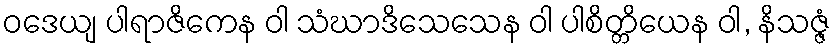
ဝဒေယျ ပါရာဇိကေန ဝါ သံဃာဒိသေသေန ဝါ ပါစိတ္တိယေန ဝါ, နိသဇ္ဇံ